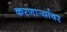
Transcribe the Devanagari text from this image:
करणार्‍यांवर